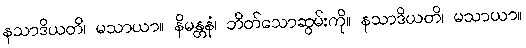
နသာဒိယတိ၊ မသာယာ။ နိမန္တနံ၊ ဘိတ်သောဆွမ်းကို။ နသာဒိယတိ၊ မသာယာ။